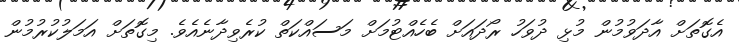
އެގޮތަށް އާދަވުމުން މުޅި ދުވަހު ރޯދައަށް ބެހެއްޓުމަށް މަސައްކަތް ކުރެވިދާނެއެވެ. މިގޮތަށް އަމަލުކުރުމުން